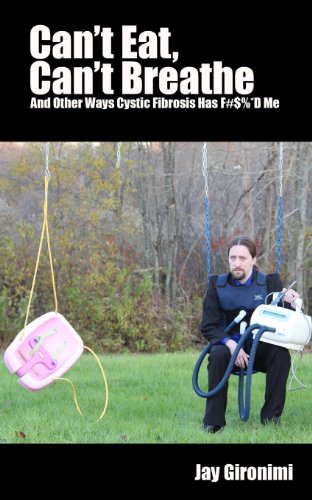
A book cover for Can't Eat, Can't Breathe and Other Ways Cystic Fibrosis Has F#$%*d Me; Jay Gironimi; Health, Fitness & Dieting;